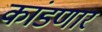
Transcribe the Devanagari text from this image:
कांडणार